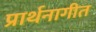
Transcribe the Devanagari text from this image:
प्रार्थनागीत